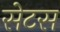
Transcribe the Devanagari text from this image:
सेटस